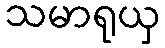
သမာရုယှ